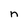
Character: n